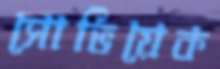
সোভিয়েক